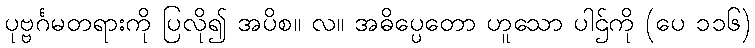
ပုဗ္ဗင်္ဂမတရားကို ပြလို၍ အပိစ။ လ။ အဓိပ္ပေတော ဟူသော ပါဌ်ကို (ပေ ၁၁၆)